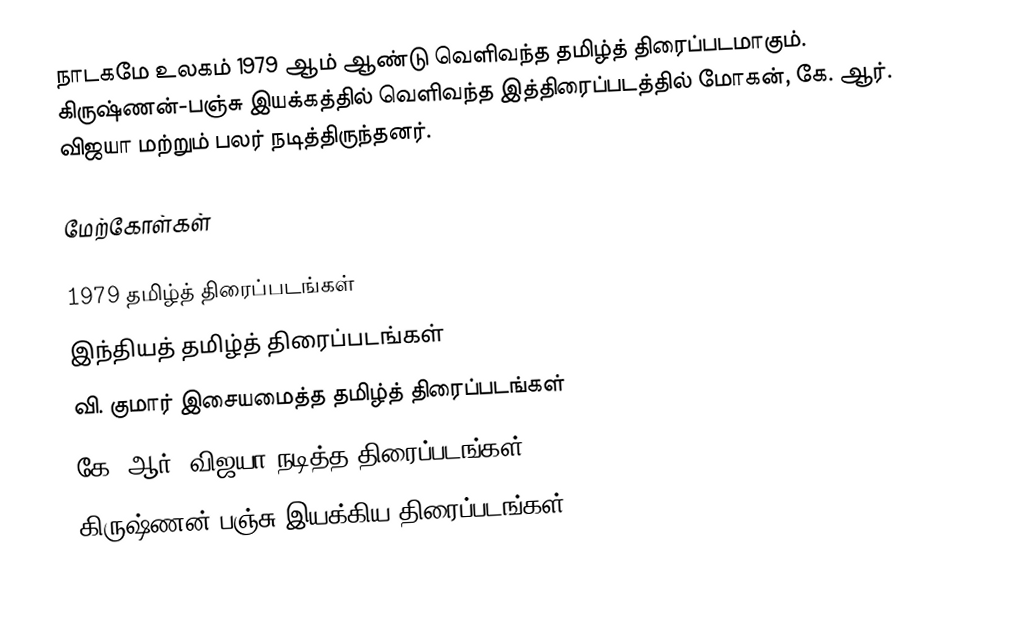
நாடகமே உலகம் 1979 ஆம் ஆண்டு வெளிவந்த தமிழ்த் திரைப்படமாகும். கிருஷ்ணன்-பஞ்சு இயக்கத்தில் வெளிவந்த இத்திரைப்படத்தில் மோகன், கே. ஆர். விஜயா மற்றும் பலர் நடித்திருந்தனர்.

மேற்கோள்கள்

1979 தமிழ்த் திரைப்படங்கள்
இந்தியத் தமிழ்த் திரைப்படங்கள்
வி. குமார் இசையமைத்த தமிழ்த் திரைப்படங்கள்
கே. ஆர். விஜயா நடித்த திரைப்படங்கள்
கிருஷ்ணன்-பஞ்சு இயக்கிய திரைப்படங்கள்